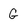
Character: G